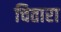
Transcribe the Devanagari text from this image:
चितारा